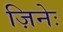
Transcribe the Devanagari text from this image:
ज़िनेः